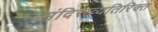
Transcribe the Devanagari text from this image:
मंदिराव्यतिरिक्त